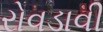
રોવડાવી